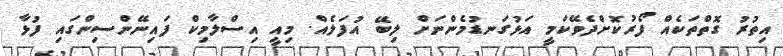
އިތުރު ގޮތްތަކެއް ފޯރުކޮށްދެވޭކަމީ އަޅުގަނޑުމެންނަށް ލިބޭ އުފަލެއް. މިއީ އިސްލާމިކް ފައިނޭންސިންގައި ފުޅާ